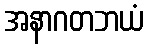
အနာဂတဘယံ